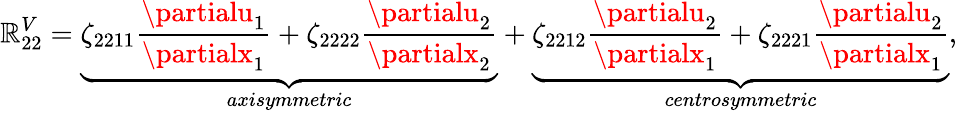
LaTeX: \mathbb{R}_{22}^{V}=\underbrace{{\zeta_{2211}\frac{{\partialu_{1}}}{{\partialx_{1}}}+\zeta_{2222}\frac{{\partialu_{2}}}{{\partialx_{2}}}}}_{axisymmetric}+\underbrace{{\zeta_{2212}\frac{{\partialu_{2}}}{{\partialx_{1}}}+\zeta_{2221}\frac{{\partialu_{2}}}{{\partialx_{1}}}}}_{centrosymmetric},